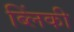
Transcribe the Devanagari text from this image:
ब्लिंकी